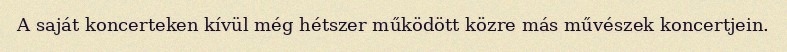
A saját koncerteken kívül még hétszer működött közre más művészek koncertjein.